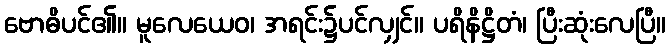
ဗောဓိပင်၏။ မူလေယေဝ၊ အရင်း၌ပင်လျှင်။ ပရိနိဋ္ဌိတံ၊ ပြီးဆုံးလေပြီ။